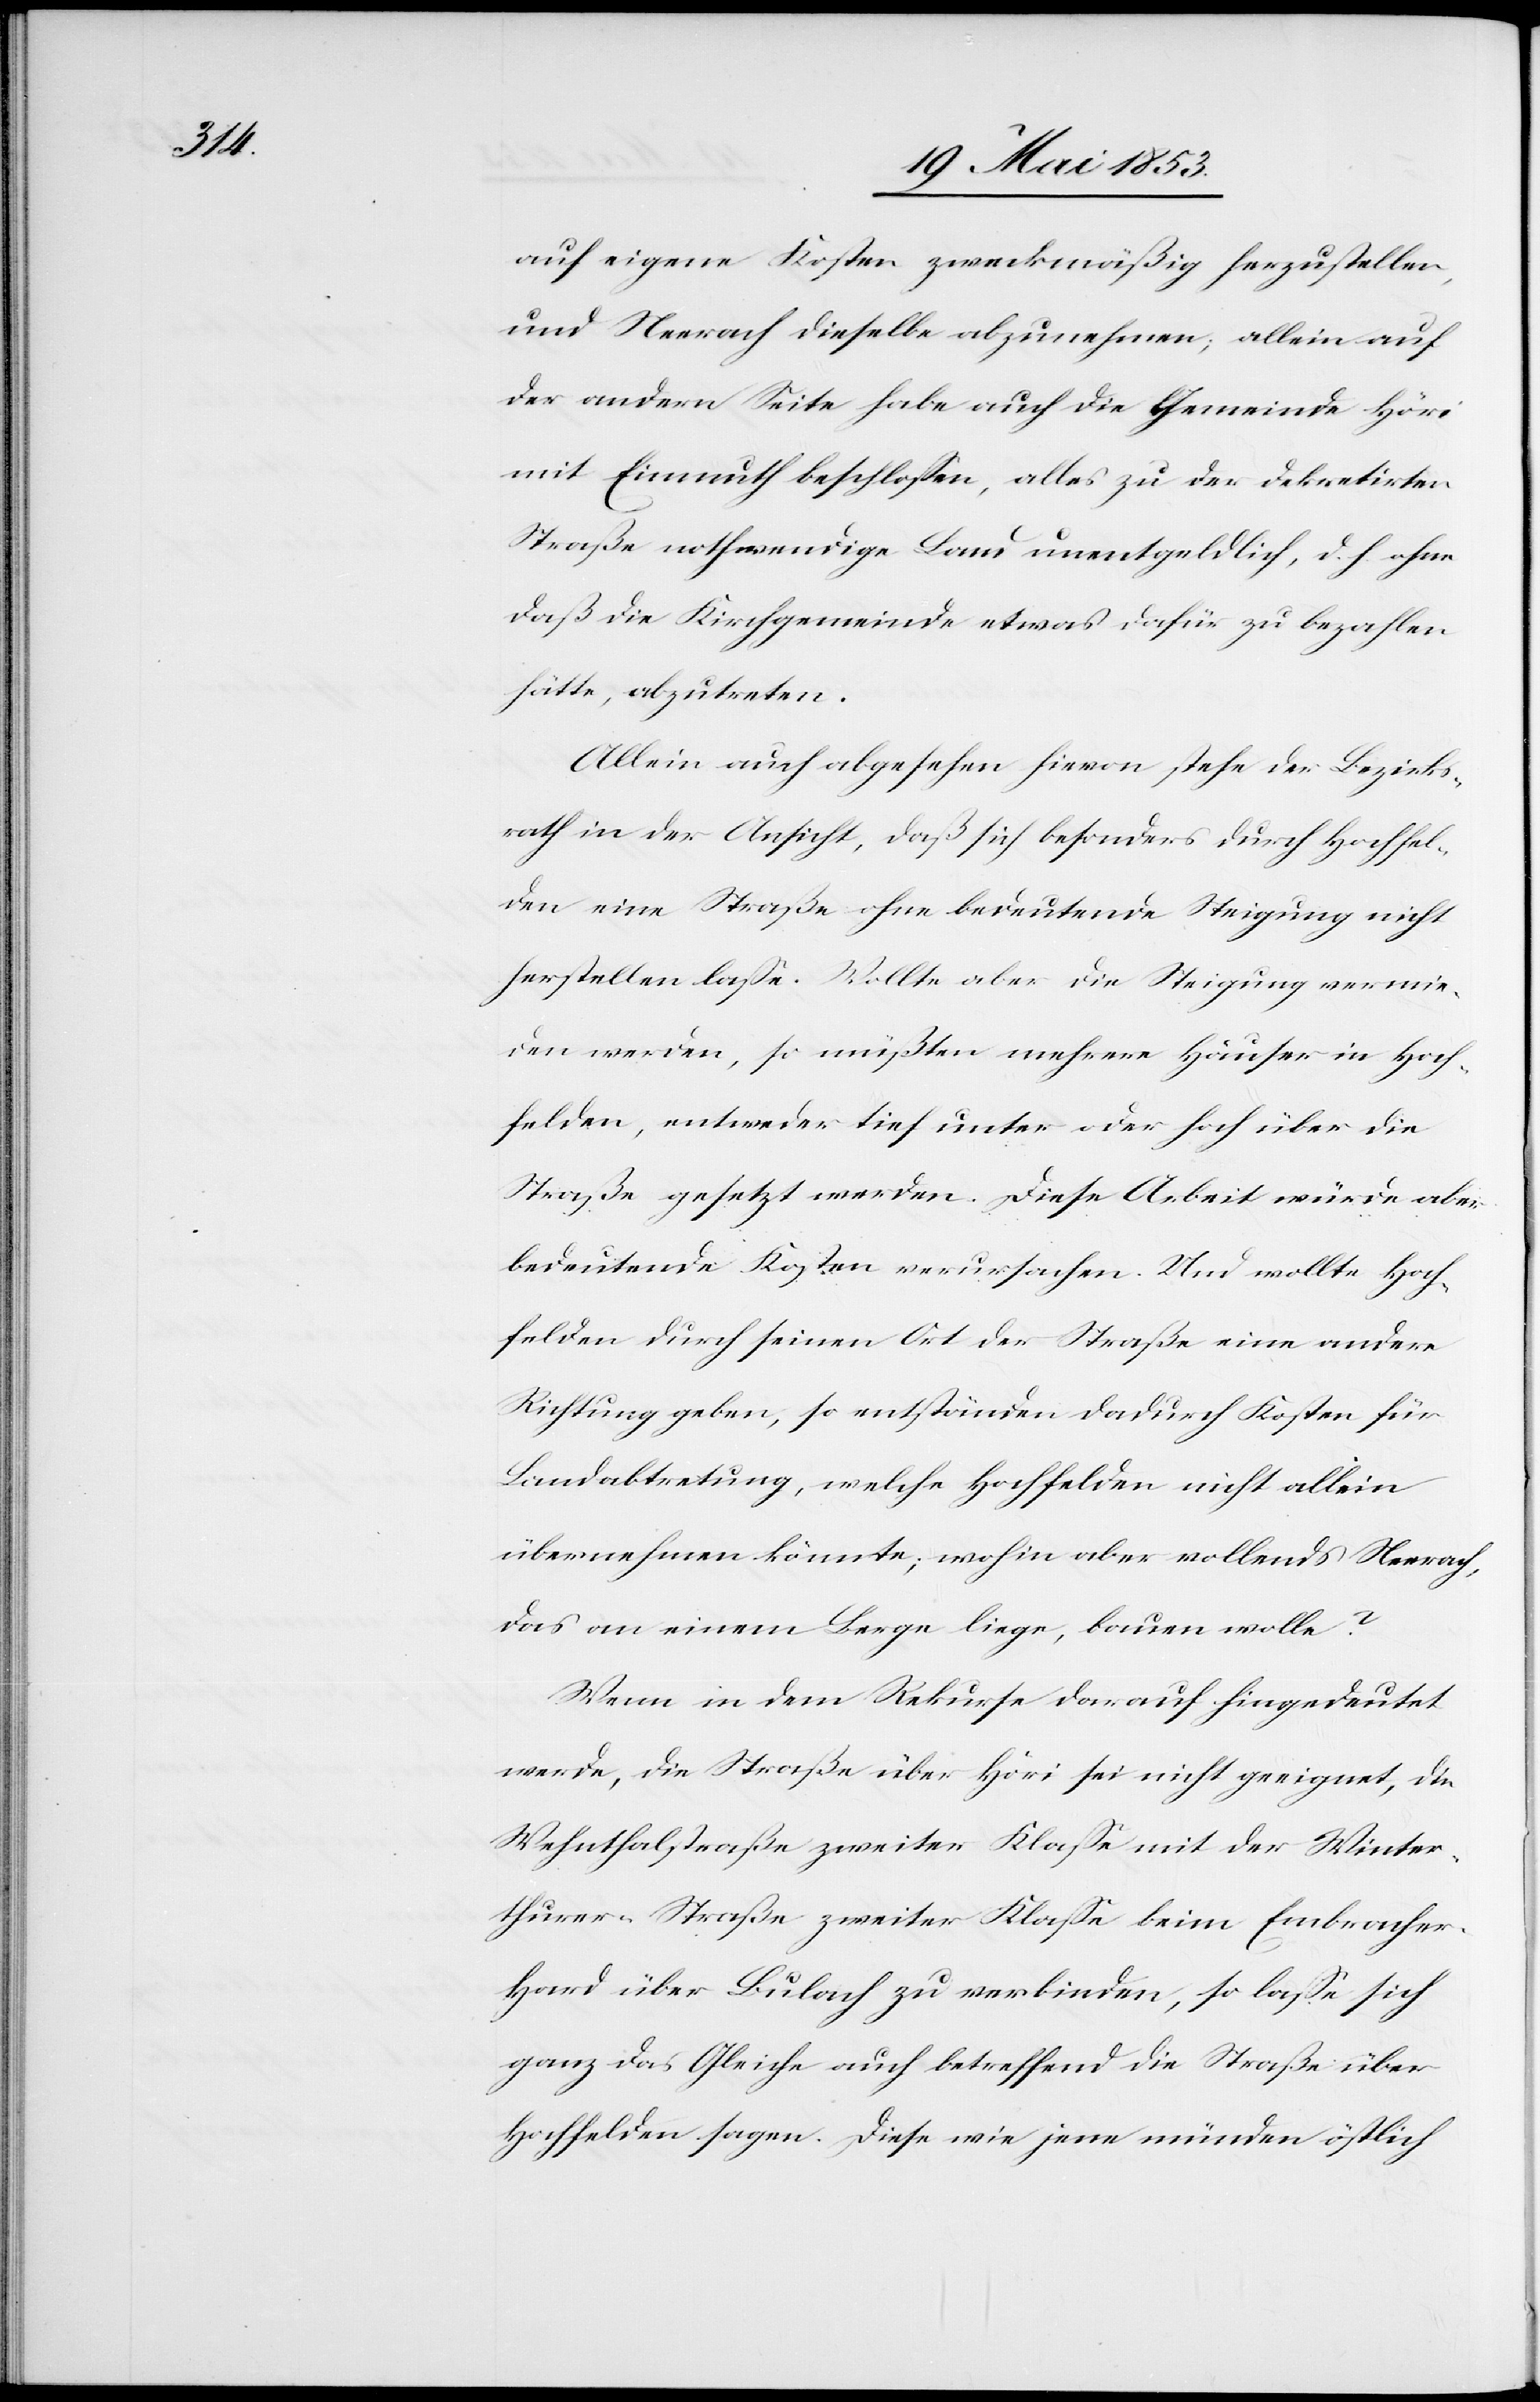
auf eigene Kosten zweckmäßig herzustellen,
und Neerach dieselbe abzunehmen, allein auf
der andern Seite habe auch die Gemeinde Höri
mit Einmuth beschloßen, alles zu der dekretirten
Straße nothwendige Land unentgeldlich, d. h. ohne
daß die Kirchgemeinde etwas dafür zu bezahlen
hätte, abzutreten.
Allein auch abgesehen hievon stehe der Bezirks¬
rath in der Ansicht, daß sich besonders durch Hochfel¬
den eine Straße ohne bedeutende Steigung nicht
herstellen laße. Wollte aber die Steigung vermie¬
den werden, so müßten mehrere Häuser in Hoch¬
felden, entweder tief unter oder hoch über die
Straße gesetzt werden. Diese Arbeit würde aber
bedeutende Kosten verursachen. Und wollte Hoch¬
felden durch seinen Ort der Straße eine andere
Richtung geben, so entstünden dadurch Kosten für
Landabtretung, welche Hochfelden nicht allein
übernehmen könnte, wohin aber vollends Neerach,
das an einem Berge liege, bauen wolle?
Wenn in dem Rekurse darauf hingedeutet
werde, die Straße über Höri sei nicht geeignet, die
Wehnthalstraße zweiter Klaße mit der Winter¬
thurer-Straße zweiter Klaße beim Embracher¬
hard über Bülach zu verbinden, so laße sich
ganz das Gleiche auch betreffend die Straße über
Hochfelden sagen. Diese wie jene münden östlich